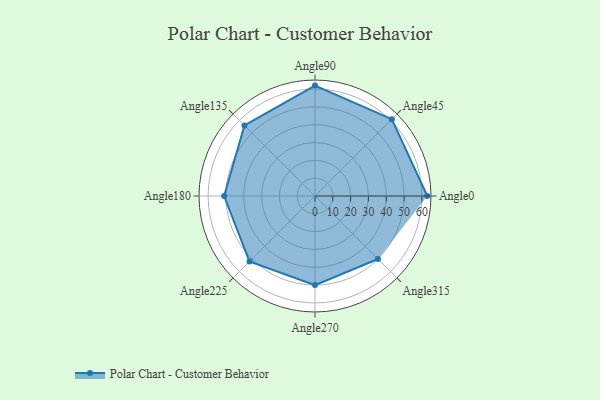
{"axis": {"x": "Angle", "y": "Radius"}, "legend": [""], "data": [{"x": "Angle0", "y": 63.0, "type": ""}, {"x": "Angle45", "y": 61.0, "type": ""}, {"x": "Angle90", "y": 62.0, "type": ""}, {"x": "Angle135", "y": 56.0, "type": ""}, {"x": "Angle180", "y": 51.0, "type": ""}, {"x": "Angle225", "y": 52.0, "type": ""}, {"x": "Angle270", "y": 50.0, "type": ""}, {"x": "Angle315", "y": 50, "type": ""}]}